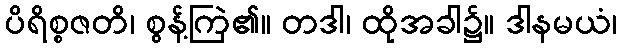
ပိရိစ္စဇတိ၊ စွန့်ကြဲ၏။ တဒါ၊ ထိုအခါ၌။ ဒါနမယံ၊